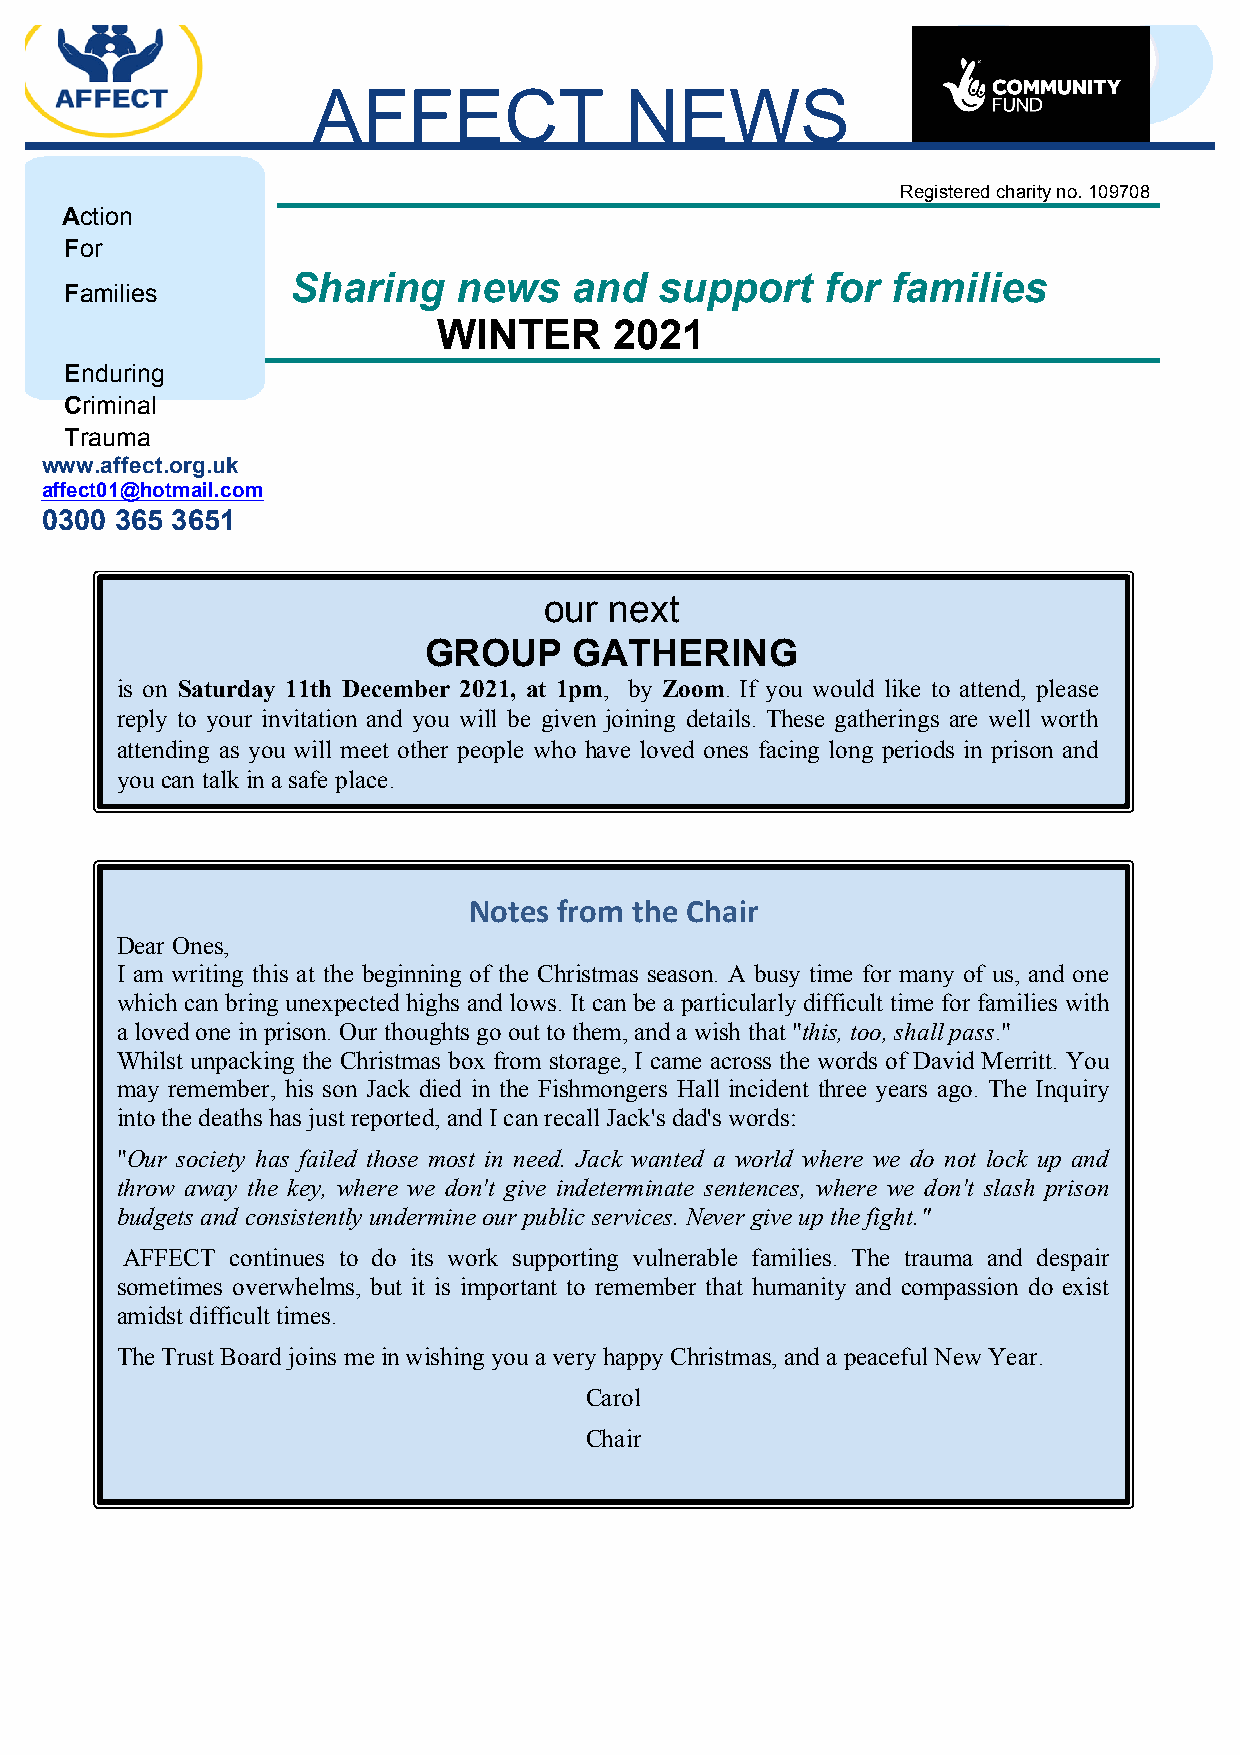
AFFECT              NEWS
 Registered charity no. 109708
 Action
 For
 Sharing    news    and   support    for families
 Families
 WINTER      2021
 Enduring
 Criminal
 Trauma
 w ww.affect.org.uk
 affect01@hotmail.com
 0300 365 3651
 our next
 GROUP     GATHERING
 is on Saturday 11th December 2021, at 1pm, by Zoom. If you would like to attend, please
 reply to your invitation and you will be given joining details. These gatherings are well worth
 attending as you will meet other people who have loved ones facing long periods in prison and
 you can talk in a safe place.
 Notes from the Chair
 Dear Ones,
 I am writing this at the beginning of the Christmas season. A busy time for many of us, and one
 which can bring unexpected highs and lows. It can be a particularly difficult time for families with
 a loved one in prison. Our thoughts go out to them, and a wish that "this, too, shall pass."
 Whilst unpacking the Christmas box from storage, I came across the words of David Merritt. You
 may remember, his son Jack died in the Fishmongers Hall incident three years ago. The Inquiry
 into the deaths has just reported, and I can recall Jack's dad's words:
 "Our society has failed those most in need. Jack wanted a world where we do not lock up and
 throw away the key, where we don't give indeterminate sentences, where we don't slash prison
 budgets and consistently undermine our public services. Never give up the fight."
 AFFECT continues to do its work supporting vulnerable families. The trauma and despair
 sometimes overwhelms, but it is important to remember that humanity and compassion do exist
 amidst difficult times.
 The Trust Board joins me in wishing you a very happy Christmas, and a peaceful New Year.
 Carol
 Chair